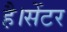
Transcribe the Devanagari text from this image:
है।सेंटर